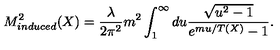
M _ { i n d u c e d } ^ { 2 } ( X ) = \frac { \lambda } { 2 \pi ^ { 2 } } m ^ { 2 } \int _ { 1 } ^ { \infty } d u \frac { \sqrt { u ^ { 2 } - 1 } } { e ^ { m u / T ( X ) } - 1 } .